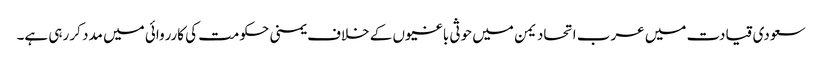
سعودی قیادت میں عرب اتحاد یمن میں حوثی باغیوں کے خلاف یمنی حکومت کی کارروائی میں مدد کر رہی ہے۔